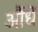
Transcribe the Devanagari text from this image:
औंधें